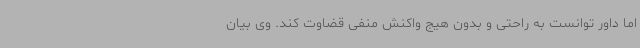
اما داور توانست به راحتی و بدون هیج واکنش منفی قضاوت کند. وی بیان